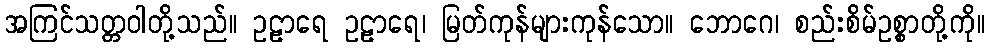
အကြင်သတ္တဝါတို့သည်။ ဥဠာရေ ဥဠာရေ၊ မြတ်ကုန်များကုန်သော။ ဘောဂေ၊ စည်းစိမ်ဥစ္စာတို့ကို။